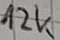
Text: 12k